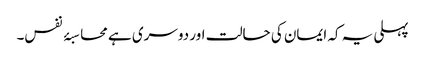
پہلی یہ کہ ایمان کی حالت اور دوسری ہے محاسبۂ نفس۔